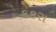
કકરા